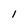
Character: 1